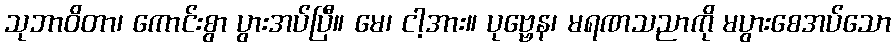
သုဘာဝိတာ၊ ကောင်းစွာ ပွားအပ်ပြီ။ မေ၊ ငါ့အား။ ပုဗ္ဗေန၊ မရဏသညာကို မပွားစေအပ်သော